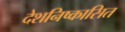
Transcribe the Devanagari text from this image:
देशनिष्कासित